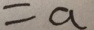
= a